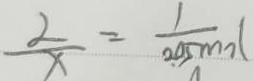
\frac { 2 } { x } = \frac { 1 } { 2 0 5 m o l }